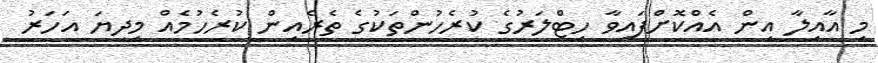
މި އާއިލާ އިން އެއްކޮށްފައިވާ ހިޓްލަރުގެ ކުރެހުންތަކުގެ ތެރެއިން ކުރެހުމެއް މިދިޔަ އަހަރު